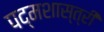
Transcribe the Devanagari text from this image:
पद्मशास्त्री